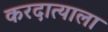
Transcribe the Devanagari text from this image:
करदात्याला